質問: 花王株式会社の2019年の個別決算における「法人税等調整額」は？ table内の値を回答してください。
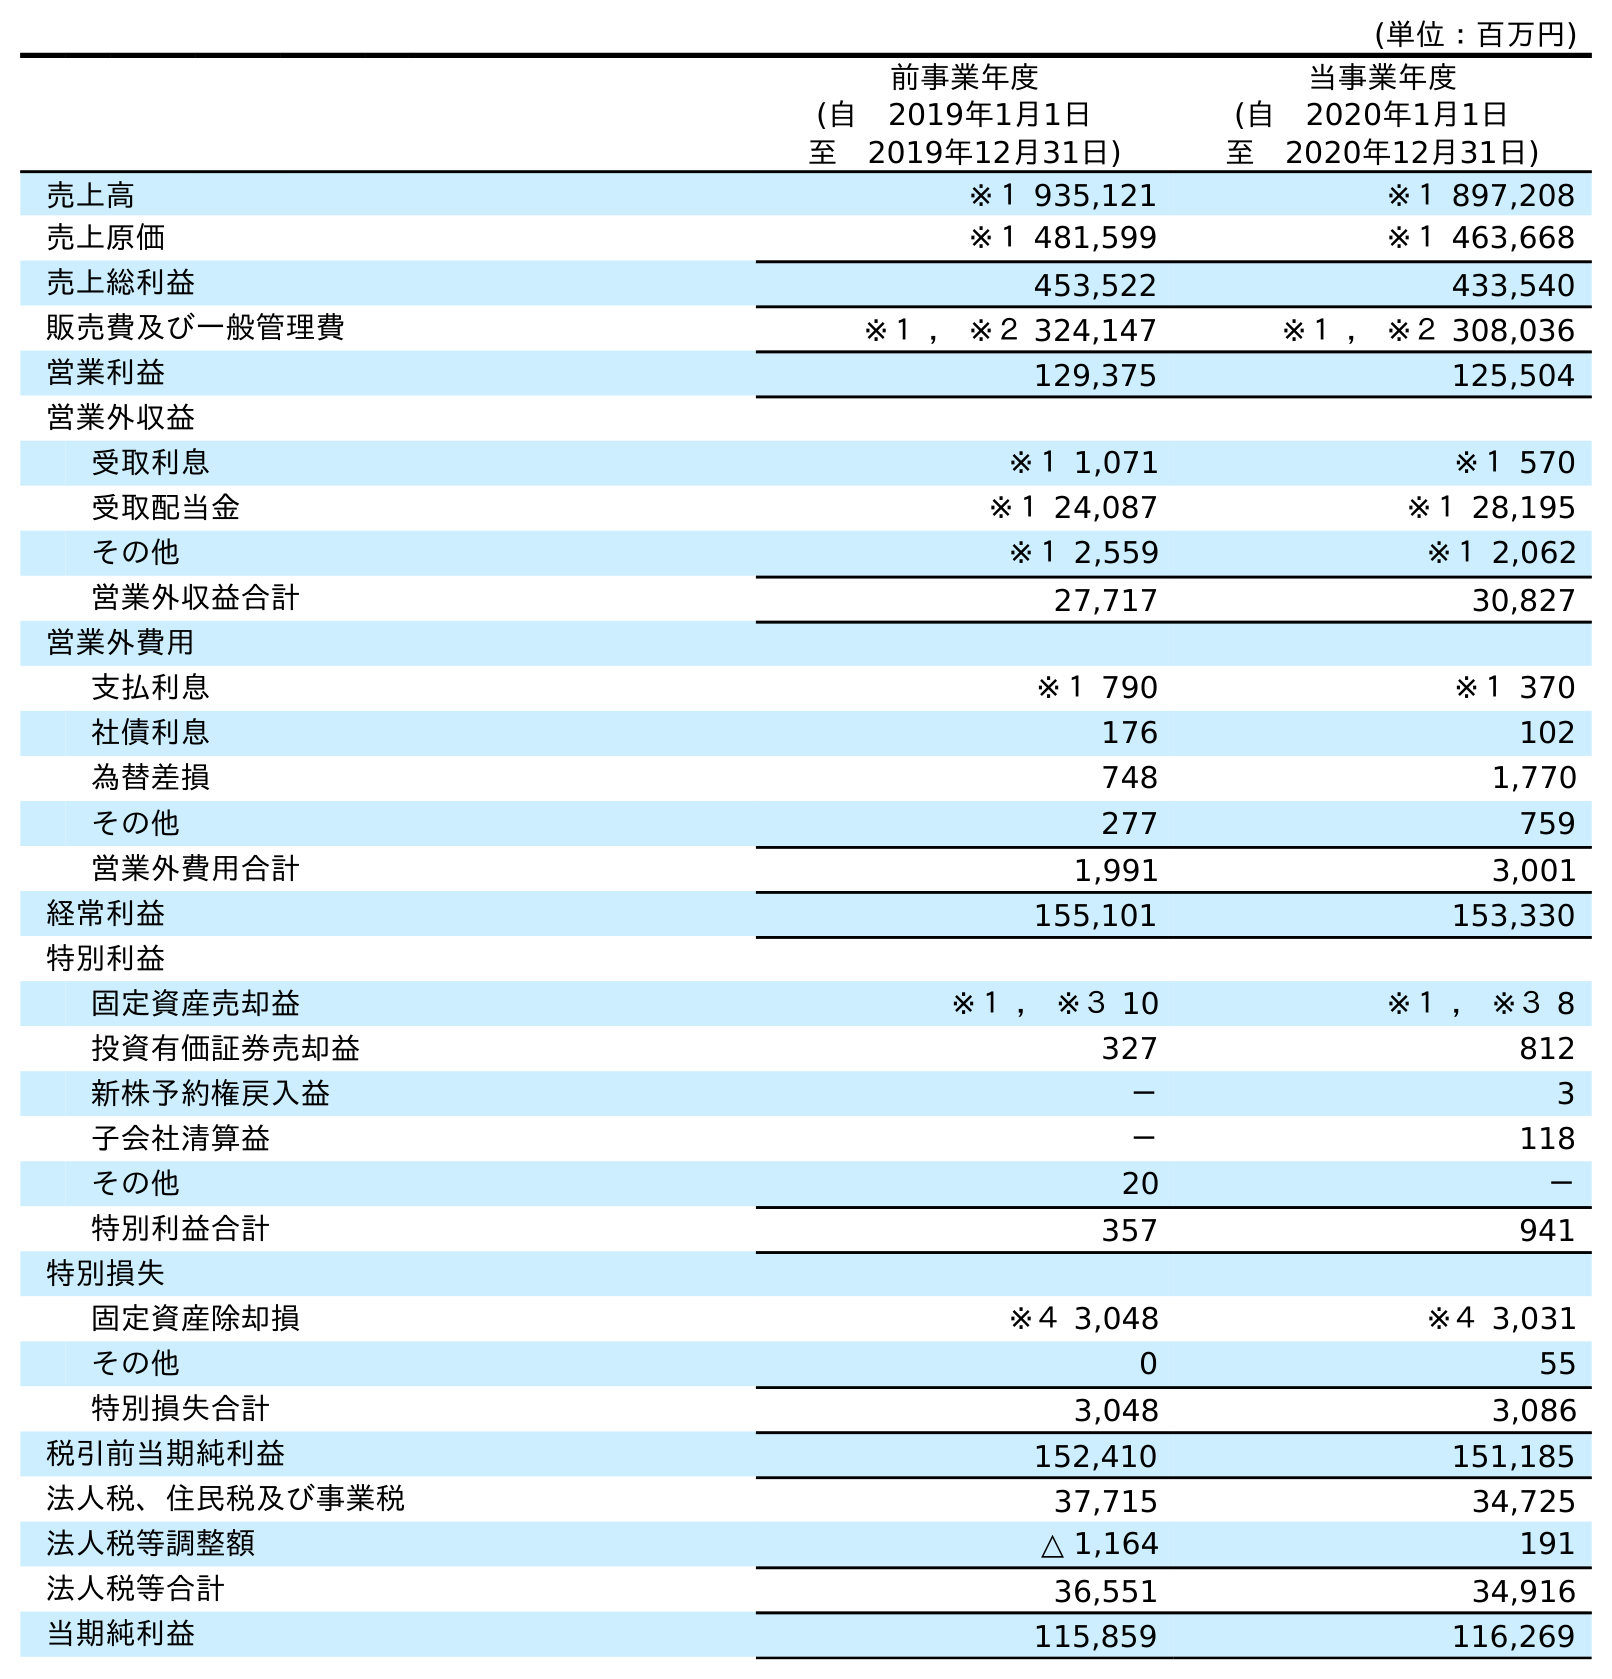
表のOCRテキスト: (単位：百万円) 前事業年度 (自 2019年1月1日 至 2019年12月31日) 当事業年度 (自 2020年1月1日 至 2020年12月31日) 売上高 ※１ 935,121 ※１ 897,208 売上原価 ※１ 481,599 ※１ 463,668 売上総利益 453,522 433,540 販売費及び一般管理費 ※１ ， ※２ 324,147 ※１ ， ※２ 308,036 営業利益 129,375 125,504 営業外収益 受取利息 ※１ 1,071 ※１ 570 受取配当金 ※１ 24,087 ※１ 28,195 その他 ※１ 2,559 ※１ 2,062 営業外収益合計 27,717 30,827 営業外費用 支払利息 ※１ 790 ※１ 370 社債利息 176 102 為替差損 748 1,770 その他 277 759 営業外費用合計 1,991 3,001 経常利益 155,101 153,330 特別利益 固定資産売却益 ※１ ， ※３ 10 ※１ ， ※３ 8 投資有価証券売却益 327 812 新株予約権戻入益 － 3 子会社清算益 － 118 その他 20 － 特別利益合計 357 941 特別損失 固定資産除却損 ※４ 3,048 ※４ 3,031 その他 0 55 特別損失合計 3,048 3,086 税引前当期純利益 152,410 151,185 法人税、住民税及び事業税 37,715 34,725 法人税等調整額 △ 1,164 191 法人税等合計 36,551 34,916 当期純利益 115,859 116,269
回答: △1,164